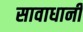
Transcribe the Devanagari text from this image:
सावाधानी